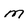
Character: M